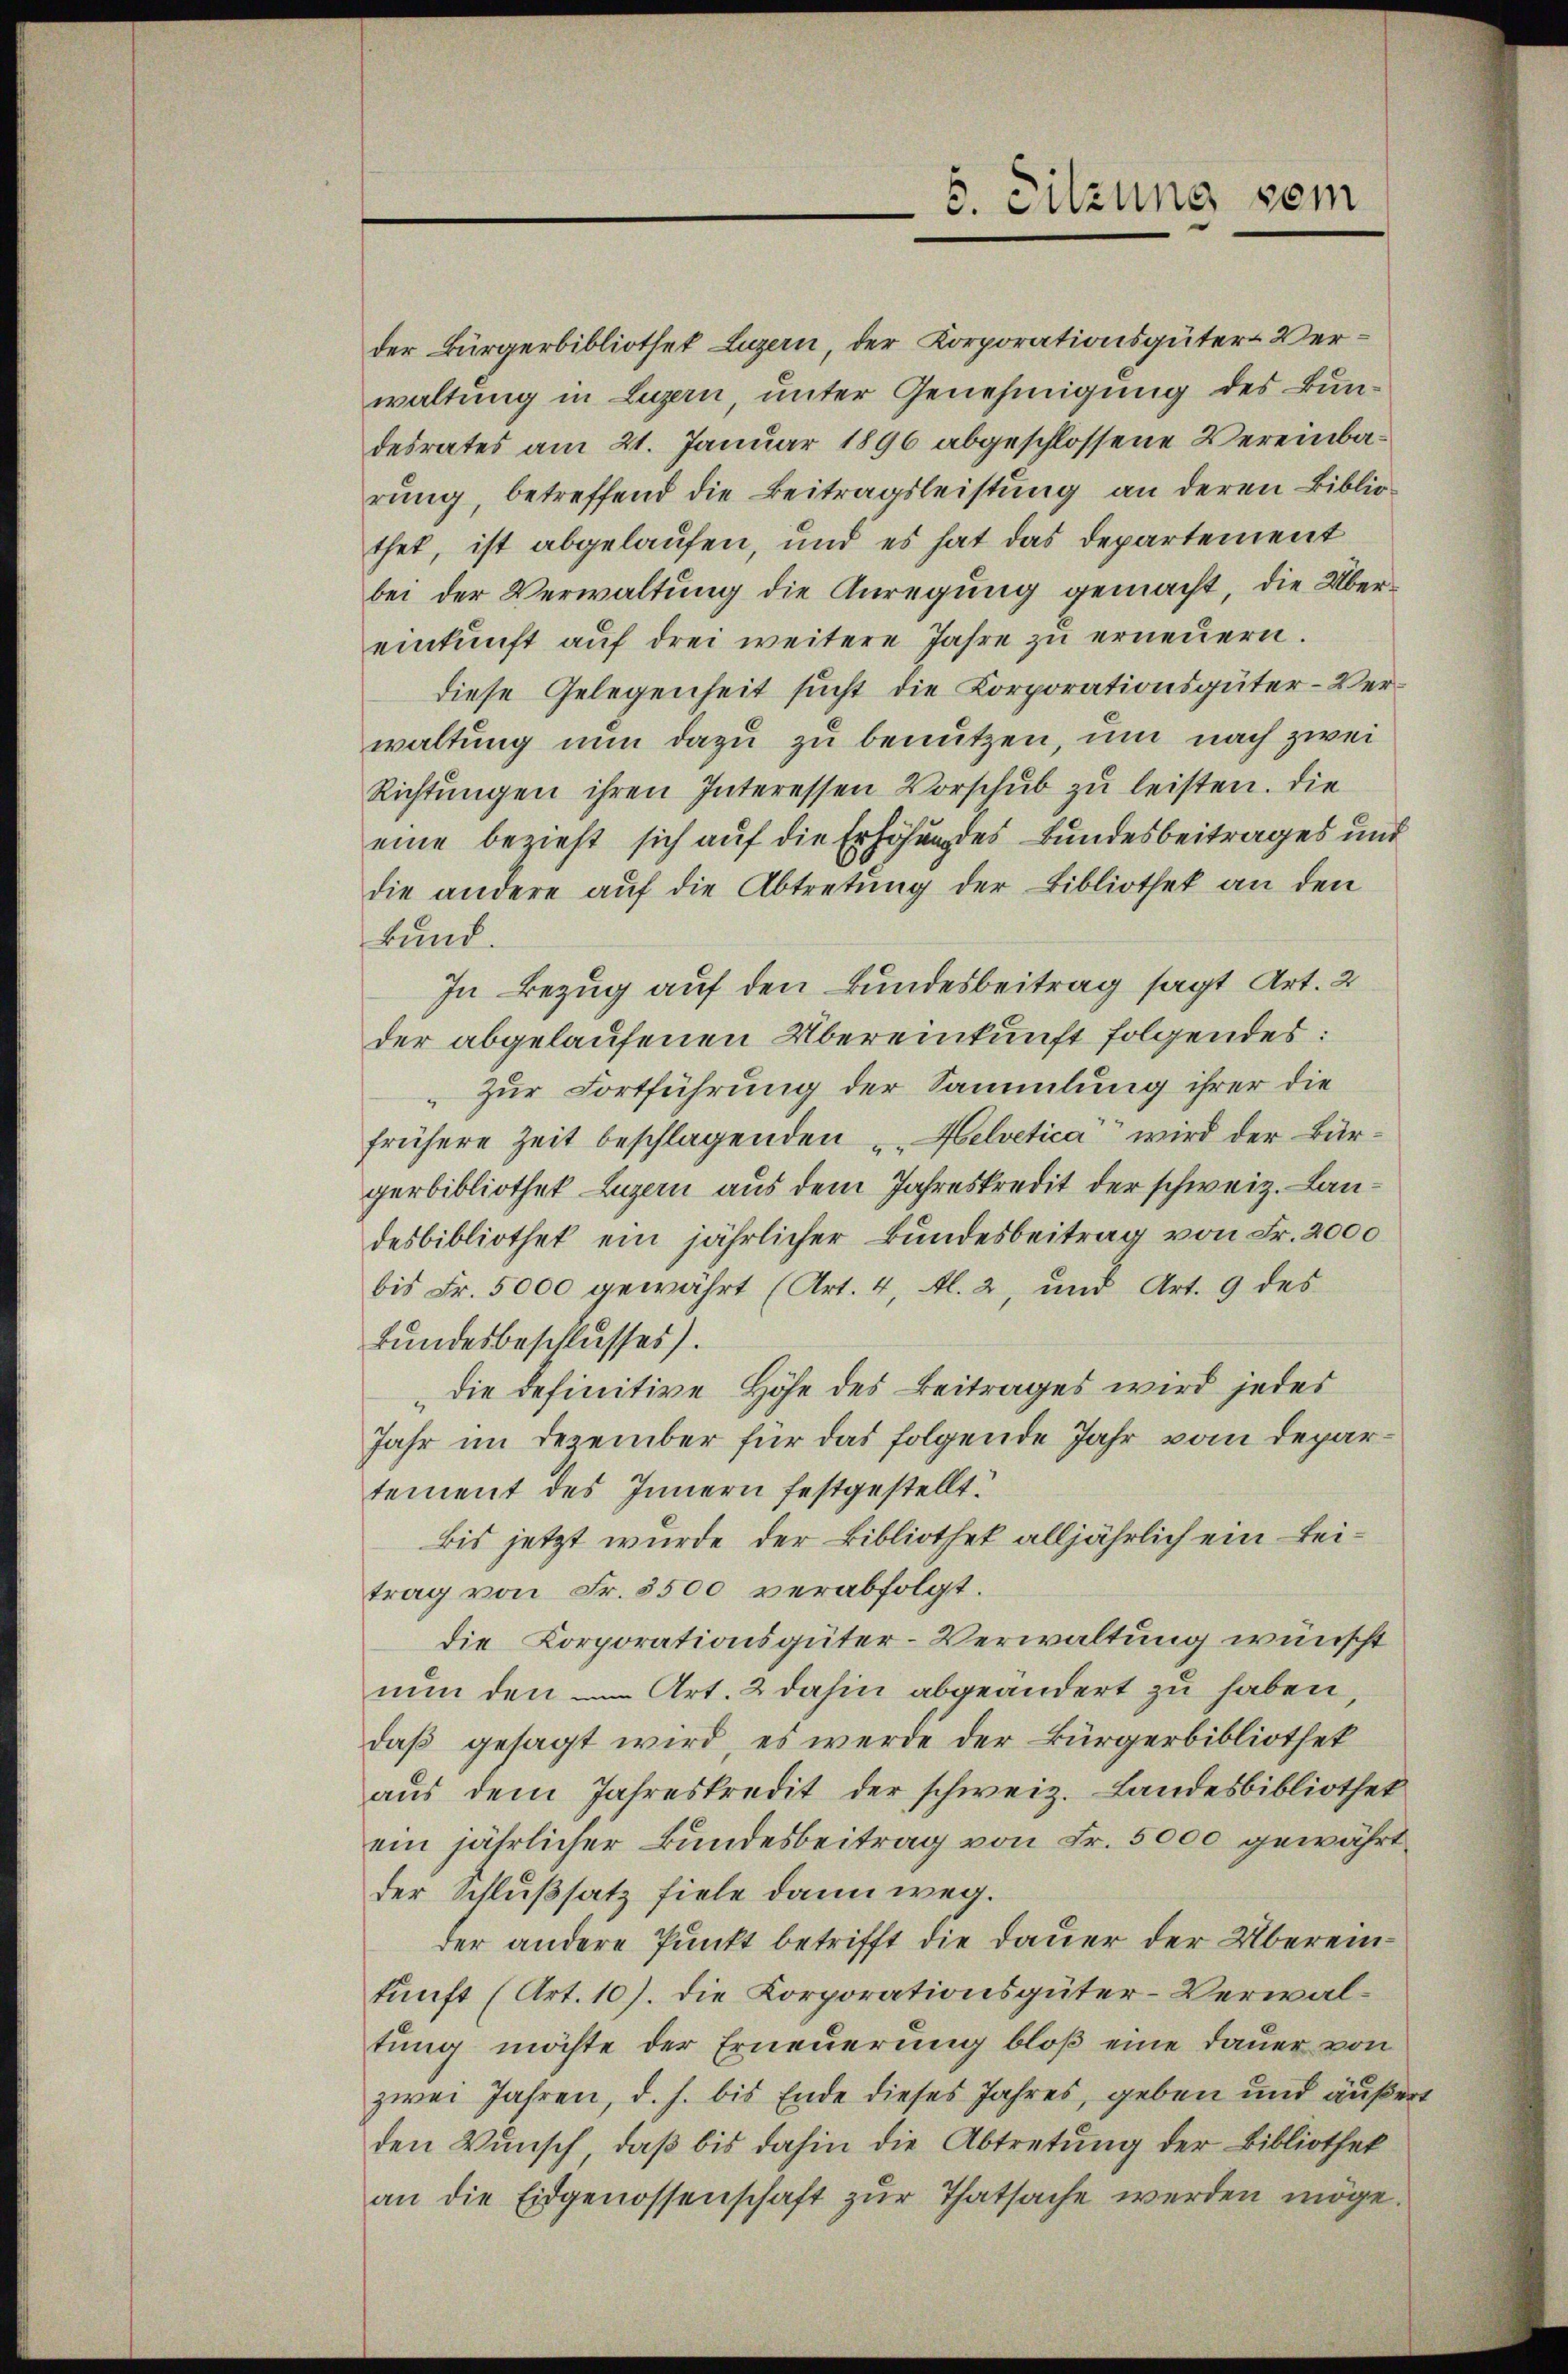
der Bürgerbibliothek Luzern, der Korporationsgüter-Verwaltung in Luzern, unter Genehmigung des Bundesrates am 21. Januar 1896 abgeschlossene Vereinbarung, betreffend die Beitragsleistung an deren Bibliothet, ist abgelaufen, und es hat das Departement
bei der Verwaltung die Anregung gemacht, die Übereinkunft auf drei weitere Jahre zu erneuern.
diese Gelegenheit sucht die Korporationsgüter-Verwaltung nun dazu zu benutzen, um nach zwei
Richtungen ihren Interessen Vorschub zu leisten. Die
eine bezieht sich auf die Erhöhung des Bundesbeitrages und
die andere auf die Abtretung der Bibliothek an den
Bund.
In Bezug auf den Bundesbeitrag sagt Art. 2
der abgelaufenen Übereinkunft folgendes:
Zur Fortführung der Sammlung ihrer die
frühere Zeit beschlagenden u. Helvetica“ wird der Bürgerbibliothek Luzern aus dem Jahreskredit der schweiz. Landesbibliothek ein jährlicher Bundesbeitrag von Fr. 2000
bis Fr. 5000 gewährt (Art. 4, Al. 2, und Art. 9 des
Bundesbeschlusses).
die definitive Höhe des Beitrages wird jedes
Jahr im Dezember für das folgende Jahr vom Departement des Innern festgestellt.
bis jetzt wurde der Bibliothek alljährlich ein Beitrag von Fr. 5500 verabfolgt.
die Korporationsgüter-Verwaltung wünscht
nun den Art. 2 dahin abgeändert zu haben,
daß gesagt wird, es werde der Bürgerbibliothek
aus dem Jahreskredit der schweiz. Landesbibliothek
ein jährlicher Bundesbeitrag von Fr. 5000 gewährt
der Schlußsatz fiele dann weg.
der andere Punkt betrifft die Dauer der Übereinkunft (Art. 10). Die Korporationsgüter-Verwaltung möchte der Erneuerung bloß eine Dauer von
zwei Jahren, d. h. bis Ende dieses Jahres, geben und äußert
den Wunsch, daß bis dahin die Abtretung der Bibliothek
an die Eidgenossenschaft zur Thatsache werden möge.

5. Sitzung sein